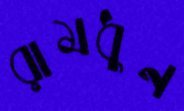
রামধুন